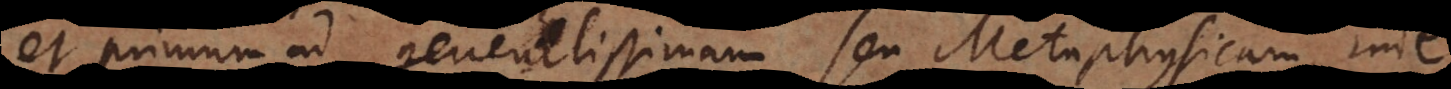
et primum ad generalissimam seu Metaphysicam,